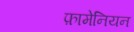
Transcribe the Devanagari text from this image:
फ़ामेनियन